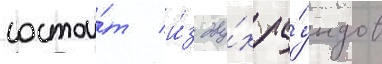
состои́т и́з дву́х ра́ундов